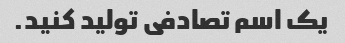
یک اسم تصادفی تولید کنید.